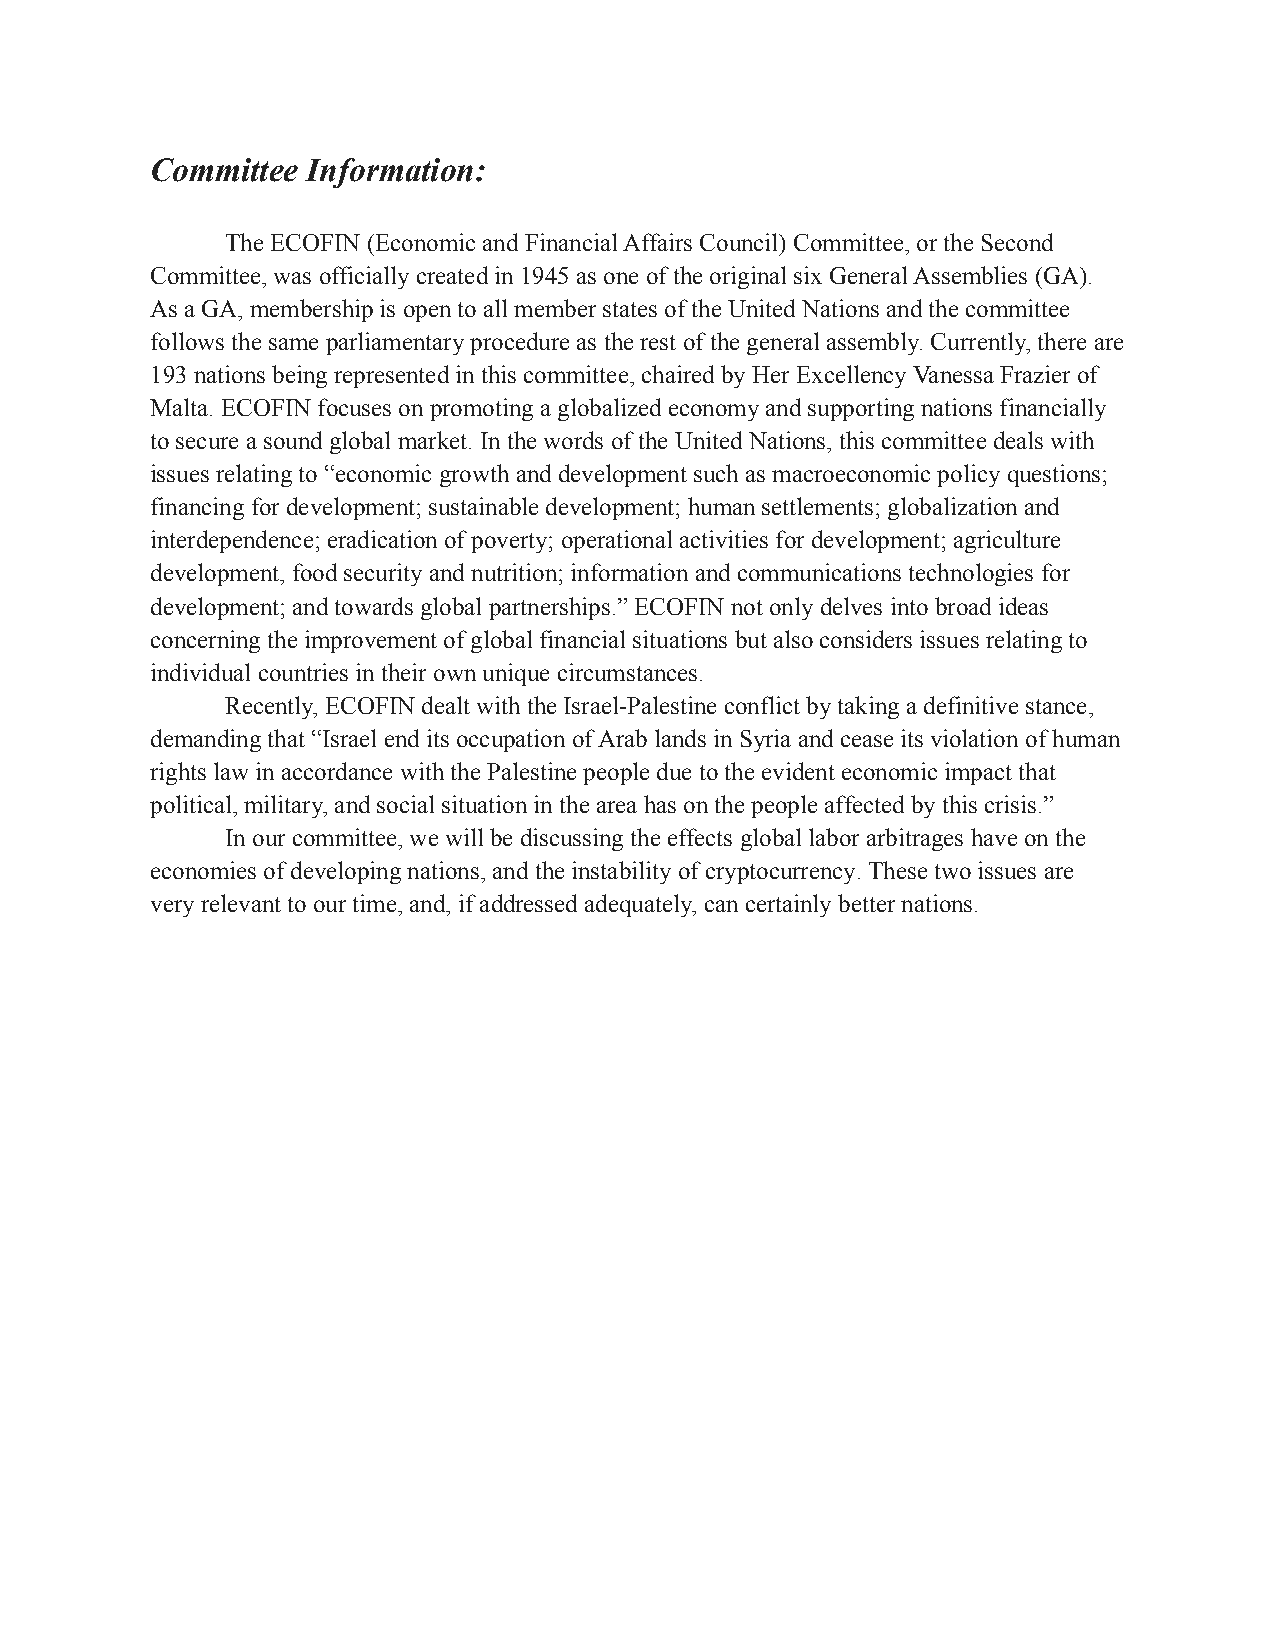
Committee Information:
 The ECOFIN (Economic and Financial Affairs Council) Committee, or the Second
 Committee, was officially created in 1945 as one of the original six General Assemblies (GA).
 As a GA, membership is open to all member states of the United Nations and the committee
 follows the same parliamentary procedure as the rest of the general assembly. Currently, there are
 193 nations being represented in this committee, chaired by Her Excellency Vanessa Frazier of
 Malta. ECOFIN focuses on promoting a globalized economy and supporting nations financially
 to secure a sound global market. In the words of the United Nations, this committee deals with
 issues relating to “economic growth and development such as macroeconomic policy questions;
 financing for development; sustainable development; human settlements; globalization and
 interdependence; eradication of poverty; operational activities for development; agriculture
 development, food security and nutrition; information and communications technologies for
 development; and towards global partnerships.” ECOFIN not only delves into broad ideas
 concerning the improvement of global financial situations but also considers issues relating to
 individual countries in their own unique circumstances.
 Recently, ECOFIN dealt with the Israel-Palestine conflict by taking a definitive stance,
 demanding that “Israel end its occupation of Arab lands in Syria and cease its violation of human
 rights law in accordance with the Palestine people due to the evident economic impact that
 political, military, and social situation in the area has on the people affected by this crisis.”
 In our committee, we will be discussing the effects global labor arbitrages have on the
 economies of developing nations, andthe instability of cryptocurrency. These two issues are
 very relevant to our time, and, if addressed adequately, can certainly better nations.